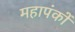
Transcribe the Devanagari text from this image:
महापंकों